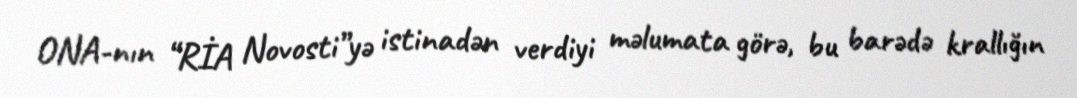
ONA-nın “RİA Novosti”yə istinadən verdiyi məlumata görə, bu barədə krallığın